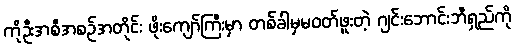
ကိုဦးအစီအစဉ်အတိုင်း ဖိုးကျော်ကြီးမှာ တစ်ခါမှမဝတ်ဖူးတဲ့ ဂျင်းဘောင်းဘီရှည်ကို